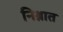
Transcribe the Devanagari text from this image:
निश्नात